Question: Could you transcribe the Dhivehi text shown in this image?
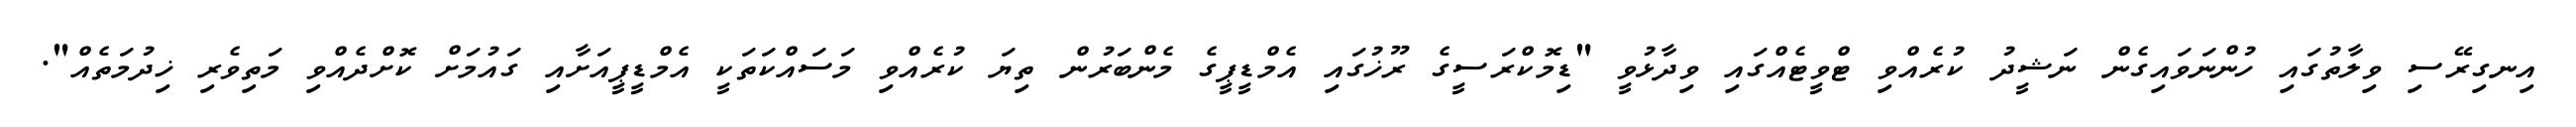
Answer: އިނގިރޭސި ވިލާތުގައި ހުންނަވައިގެން ނަޝީދު ކުރެއްވި ޓްވީޓެއްގައި ވިދާޅުވީ "ޑިމޮކްރަސީގެ ރޫޚުގައި އެމްޑީޕީގެ މެންބަރުން ތިޔަ ކުރެއްވި މަސައްކަތަކީ އެމްޑީޕީއަށާއި ގައުމަށް ކޮށްދެއްވި މަތިވެރި ޚިދުމަތެއް".